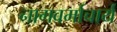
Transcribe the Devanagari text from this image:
नागवर्माचार्य